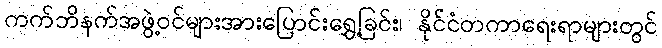
ကက်ဘိနက်အဖွဲ့ဝင်များအားပြောင်းရွှေ့ခြင်း၊ နိုင်ငံတကာရေးရာများတွင်